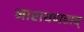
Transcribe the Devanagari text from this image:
नारायणराव्